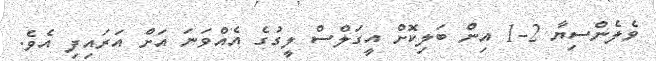
ވެލެންސިޔާ 2-1 އިން ބަލިކޮށް އީގަލްސް ލީގުގެ އެއްވަނަ އަށް އަރައިފި އެވެ.